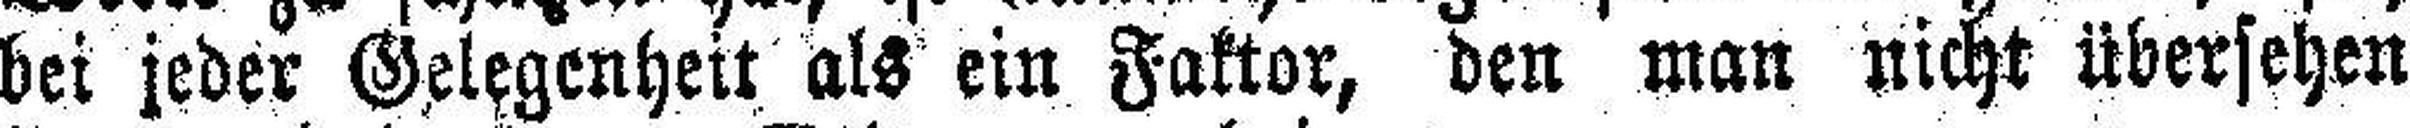
bei jeder Gelegenheit als ein Faktor, den man nicht übersehen